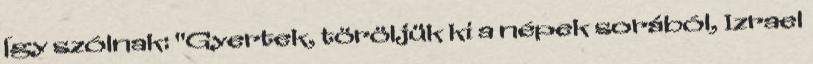
Így szólnak: "Gyertek, töröljük ki a népek sorából, Izrael